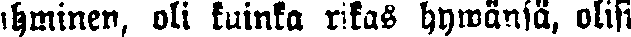
ihminen, oli kuinka rikas hywänsä, olisi